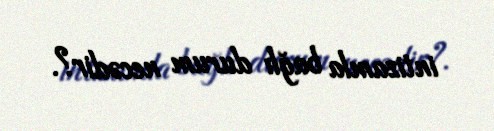
intizamla bağlı durum necədir?.